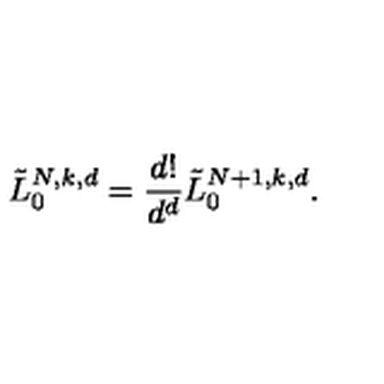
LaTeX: \tilde { L } _ { 0 } ^ { N , k , d } = \frac { d ! } { d ^ { d } } \tilde { L } _ { 0 } ^ { N + 1 , k , d } .